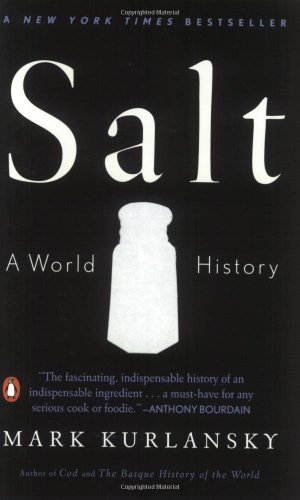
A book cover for Salt: A World History; Mark Kurlansky; Cookbooks, Food & Wine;